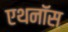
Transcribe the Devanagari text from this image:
एथनॉस